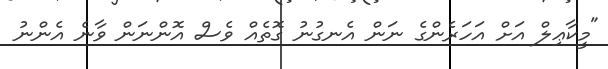
"މީކާޢިލް އަށް އަހަރެންގެ ނަން އެނގުނު ގޮތެއް ވެސް އޮންނަން ވާނެ އެންނު